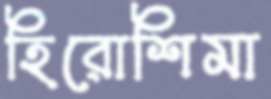
হিরোশিমা